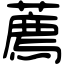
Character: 薦